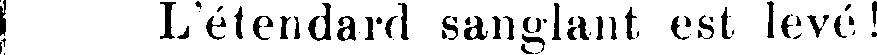
L'étendard sanglant est leve!